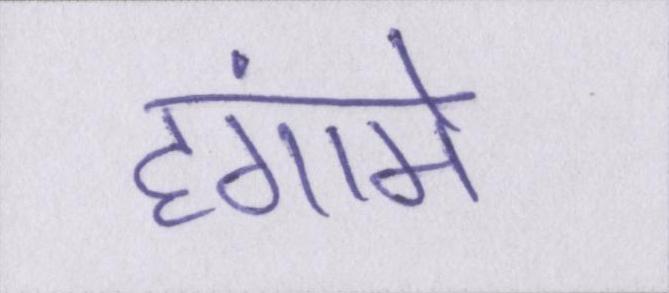
हंगामे